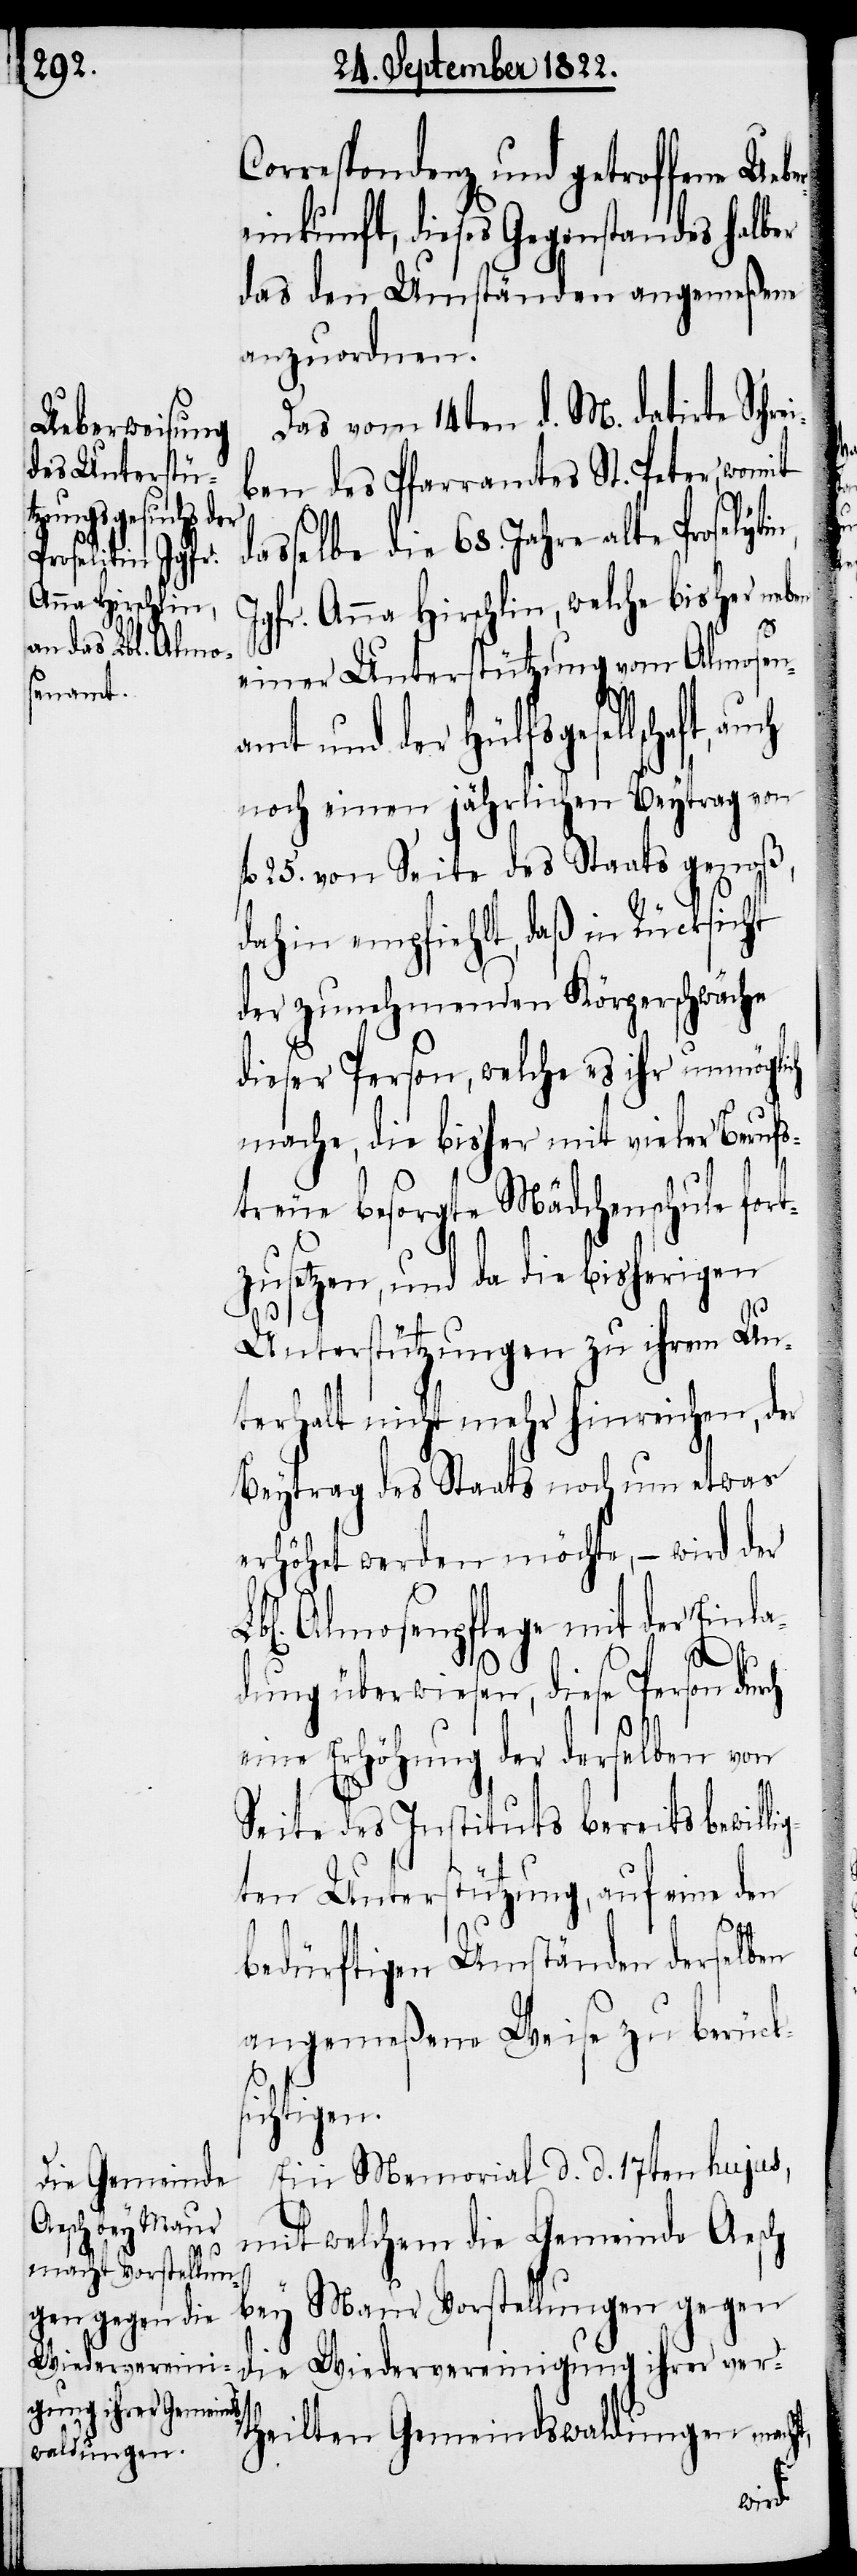
Correspondenz und getroffene Ue¬
einkunft, dieses Gegenstandes hal¬
das den Umständen angemeßene
anzuordnen.
von dem 14ten d. M. datirte Schrei¬
ben des Pfarramtes St. Peter, womit
asselbe die 68. Jahre alte Proselyti¬
Jgfr. Anna Hirschlin, welche bisher ne¬
n,
einer Unterstützung vom Almosena¬
mt und der Hülfsgesellschaft,
noch einen jährlichen Beytrag von
fl. 25. von Seite des Staats genoß,
dahin empfiehlt, daß in Rücksicht
der zunehmenden Körperschwäche
dieser Person, welche es ihr unmöglich
mache, die bisher mit vieler Berufs¬
t,
treue besorgte Mädchenschule fort¬
zusetzen, und da die bisherigen
Unterstützungen zu ihrem Unt¬
erhalt nicht mehr hinre¬
Beytrag des Staats noch um etwas
erhöhet werden möchte, – wird der
Lbl. Almosenpflege mit der Einla¬
dung überwiesen, diese Person durch
eine Erhöhung der derselben von
Seite des Instituts bereits bewil¬
ten Unterstützung, auf eine den
bedürftigen Umständen derselben
angemeßene Weise zu berücks¬
ichtigen.
Ein Memorial d. d. 17ten hujus,
mit welchem die Gemeinde Aesch
Maur Vorstellungen gegen
bey
Wiedervereinigung ihrer ver¬
die
theilten Gemeindswaldungen mach¬